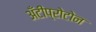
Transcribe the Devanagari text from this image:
अँटीप्रोटोन